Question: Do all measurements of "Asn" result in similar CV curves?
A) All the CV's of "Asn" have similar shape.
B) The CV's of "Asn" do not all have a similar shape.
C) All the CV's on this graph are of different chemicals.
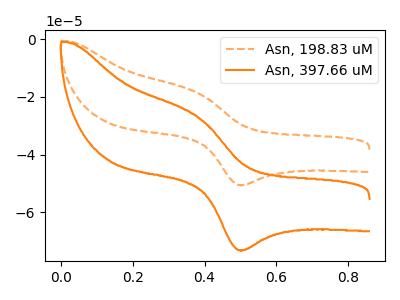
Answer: <think>The orange dashed curve "Asn, 198.83 uM" has an anodic peak at (0.40V, -18.75uA) and a cathodic peak at (0.50V, -50.50uA). The orange curve "Asn, 397.66 uM" has an anodic peak at (0.40V, -27.10uA) and a cathodic peak at (0.50V, -73.10uA).
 All the peaks in "Asn, 198.83 uM" have a peak in "Asn, 397.66 uM" at the same potential.</think>
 <answer>A) All the CV's of "Asn" have similar shape.</answer>
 <eval>A</eval>